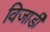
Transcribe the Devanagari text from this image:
विजार्डी